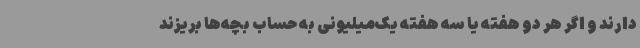
دارند و اگر هر دو هفته یا سه‌ هفته یک‌میلیونی به حساب بچه‌ها بریزند